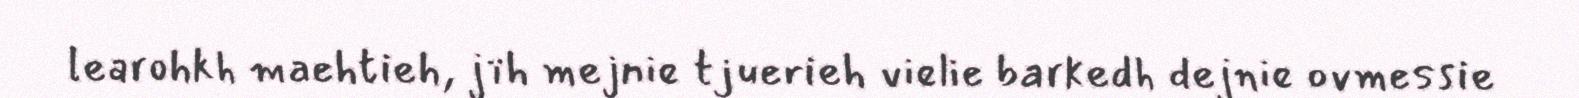
learohkh maehtieh, jïh mejnie tjuerieh vielie barkedh dejnie ovmessie